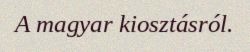
A magyar kiosztásról.